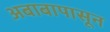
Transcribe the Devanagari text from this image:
अबाबापासून